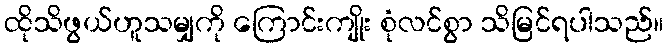
ထိုသိဖွယ်ဟူသမျှကို ကြောင်းကျိုး စုံလင်စွာ သိမြင်ရပါသည်။